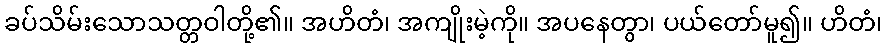
ခပ်သိမ်းသောသတ္တဝါတို့၏။ အဟိတံ၊ အကျိုးမဲ့ကို။ အပနေတွာ၊ ပယ်တော်မူ၍။ ဟိတံ၊